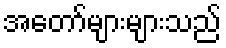
အတော်များများသည်